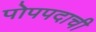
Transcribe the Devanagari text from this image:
पोपपदाची